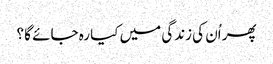
پھر اُن کی زندگی میں کیا رہ جائے گا ؟